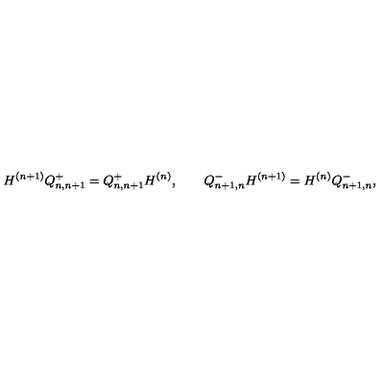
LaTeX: H ^ { ( n + 1 ) } Q _ { n , n + 1 } ^ { + } = Q _ { n , n + 1 } ^ { + } H ^ { ( n ) } , \qquad Q _ { n + 1 , n } ^ { - } H ^ { ( n + 1 ) } = H ^ { ( n ) } Q _ { n + 1 , n } ^ { - } ,